Vaccination in Bombay 1869-1873 - 1869-1873
Year: 1869
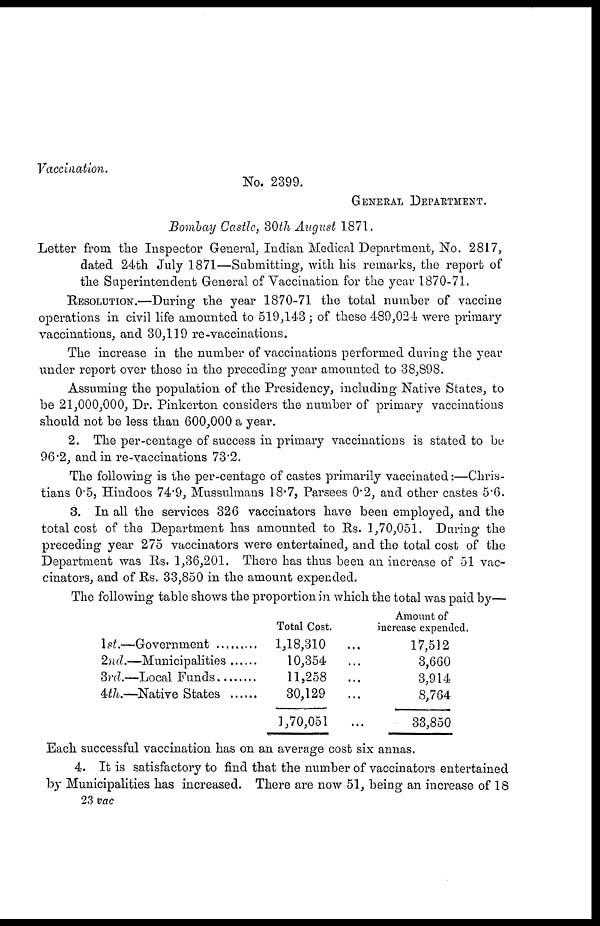
Vaccination.
No. 2399.
GENERAL DEPARTMENT.
Bombay Castle, 30th August 1871.
Letter from the Inspector General, Indian Medical Department, No. 2817,
dated 24th July 1871—Submitting, with his remarks, the report of
the Superintendent General of Vaccination for the year 1870-71.
RESOLUTION.—During the year 1870-71 the total number of vaccine
operations in civil life amounted to 519,143 ; of these 489,024 were primary
vaccinations, and 30,119 re-vaccinations.
The increase in the number of vaccinations performed during the year
under report over those in the preceding year amounted to 38,898.
Assuming the population of the Presidency, including Native States, to
be 21,000,000, Dr. Pinkerton considers the number of primary vaccinations
should not be less than 600,000 a year.
2. The per-centage of success in primary vaccinations is stated to be
96.2, and in re-vaccinations 73.2.
The following is the per-centage of castes primarily vaccinated:—Chris-
tians 0.5, Hindoos 74.9, Mussulmans 18.7, Parsees 0.2, and other castes 5.6.
3. In all the services 326 vaccinators have been employed, and the
total cost of the Department has amounted to Rs. 1,70,051. During the
preceding year 275 vaccinators were entertained, and the total cost of the
Department was Rs. 1,36,201. There has thus been an increase of 51 vac-
cinators, and of Rs. 33,850 in the amount expended.
The following table shows the proportion in which the total was paid by—
1st.— Government ...........
2nd.— Municipalities ......
3rd.— Local Fund ......
4th.— Native States ......
Total Cost.
1,18,310
...
10,354
...
11,258
...
30,129
...
1,70,051 ...
Amount of
increase expended.
17,512
3,660
3,914
8,764
33,850
Each successful vaccination has on an average cost six annas.
4. It is satisfactory to find that the number of vaccinators entertained
by Municipalities has increased. There are now 51, being an increase of 18
23 vac